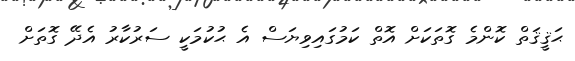
ޙަޤީޤަތް ކޮންމެ ގޮތަކަށް އޮތް ކަމުގައިވިޔަސް އެ ޙުކުމަކީ ސަރުކާރު އެދޭ ގޮތަށް